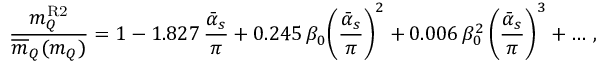
{ \frac { m _ { Q } ^ { \mathrm { R 2 } } } { \overline { { { m } } } _ { Q } ( m _ { Q } ) } } = 1 - 1 . 8 2 7 \, { \frac { \bar { \alpha } _ { s } } { \pi } } + 0 . 2 4 5 \, \beta _ { 0 } \bigg ( { \frac { \bar { \alpha } _ { s } } { \pi } } \bigg ) ^ { 2 } + 0 . 0 0 6 \, \beta _ { 0 } ^ { 2 } \, \bigg ( { \frac { \bar { \alpha } _ { s } } { \pi } } \bigg ) ^ { 3 } + \dots \, ,